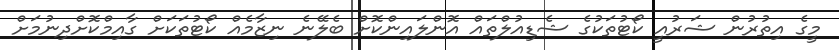
މީގެ އިތުރުން ޝަރުއީ ކޯޓުތަކުގެ ޝެޑިއުލްތައް އޮންލައިންކޮށް ބެލޭނެ ނިޒާމެއް ކޯޓުތަކަށް ގާއިމްކޮށްދިނުމަށް